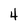
Character: 4